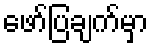
ဖော်ပြချက်မှာ